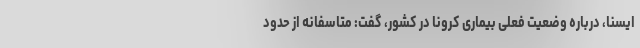
ایسنا، درباره وضعیت فعلی بیماری کرونا در کشور، گفت: متاسفانه از حدود